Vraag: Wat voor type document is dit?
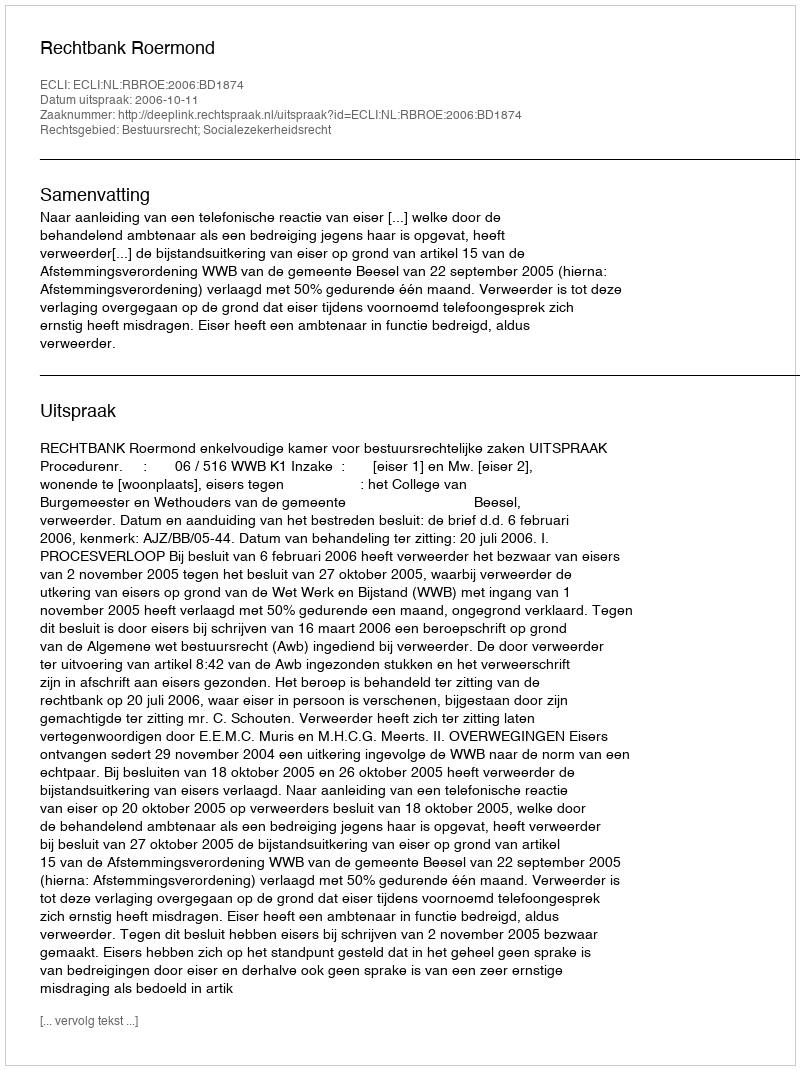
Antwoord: Uitspraak